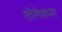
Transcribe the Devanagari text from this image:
तोलेताना